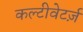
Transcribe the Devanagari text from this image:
कल्टीवेटर्ज़